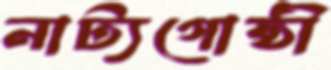
নাট্যগোষ্ঠী